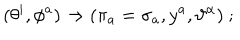
( \theta ^ { i } , \phi ^ { a } ) \rightarrow ( \pi _ { a } = \sigma _ { a } , y ^ { a } , \vartheta ^ { \alpha } ) \ ;